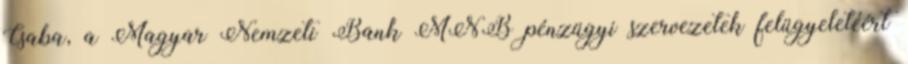
Csaba, a Magyar Nemzeti Bank MNB pénzügyi szervezetek felügyeletéért